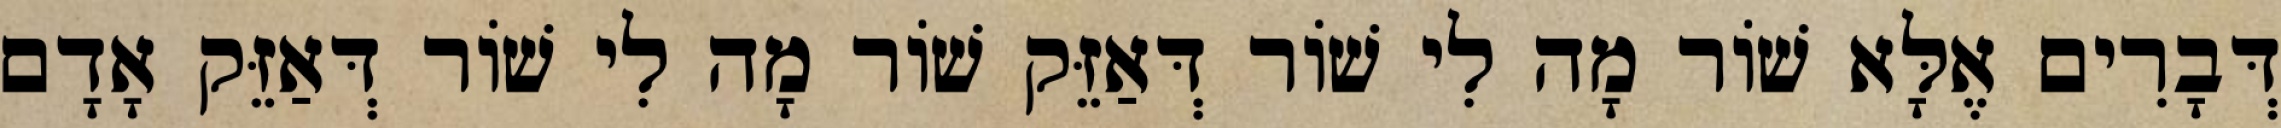
דְּבָרִים אֶלָּא שׁוֹר מָה לִי שׁוֹר דְּאַזֵּק שׁוֹר מָה לִי שׁוֹר דְּאַזֵּק אָדָם